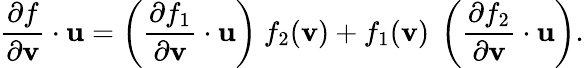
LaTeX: {\frac{\partial f}{\partial\mathbf{v}}}\cdot\mathbf{u}=\left({\frac{\partial f_{1}}{\partial\mathbf{v}}}\cdot\mathbf{u}\right)~f_{2}(\mathbf{v})+f_{1}(\mathbf{v})~\left({\frac{\partial f_{2}}{\partial\mathbf{v}}}\cdot\mathbf{u}\right).